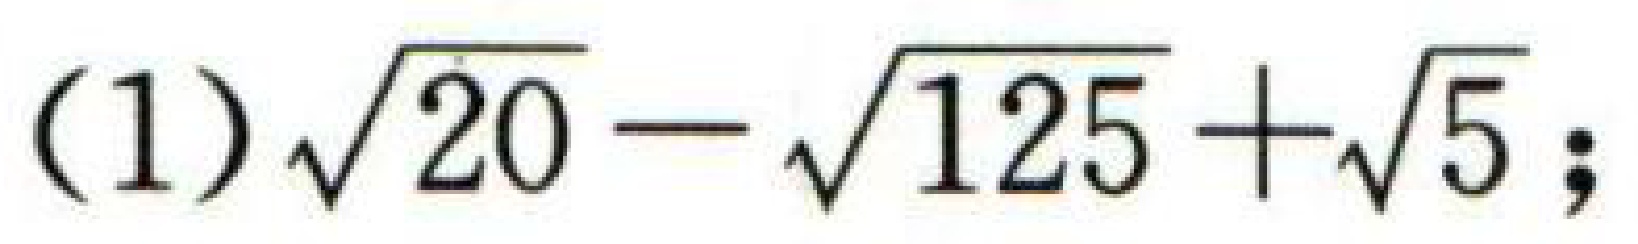
(1)$\sqrt{20}-\sqrt{125}+\sqrt{5}$；